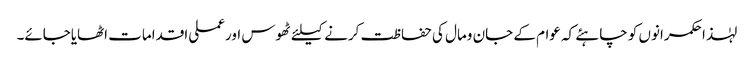
لہٰذا حکمرانوں کو چاہئے کہ عوام کے جان ومال کی حفاظت کرنے کیلئے ٹھوس اورعملی اقدامات اٹھایاجائے۔